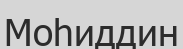
Моһиддин